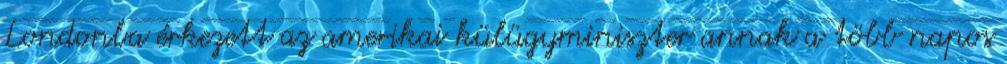
Londonba érkezett az amerikai külügyminiszter annak a több napos